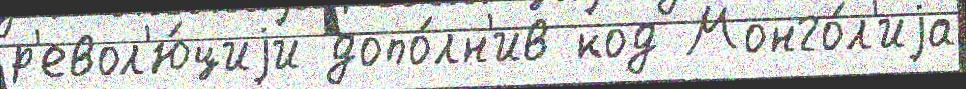
р'евол'ю́циjи допо́лн'ив код Монго́л'иjа